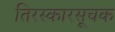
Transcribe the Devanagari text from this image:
तिरस्कारसूचक